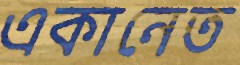
একানেত